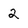
Character: 2